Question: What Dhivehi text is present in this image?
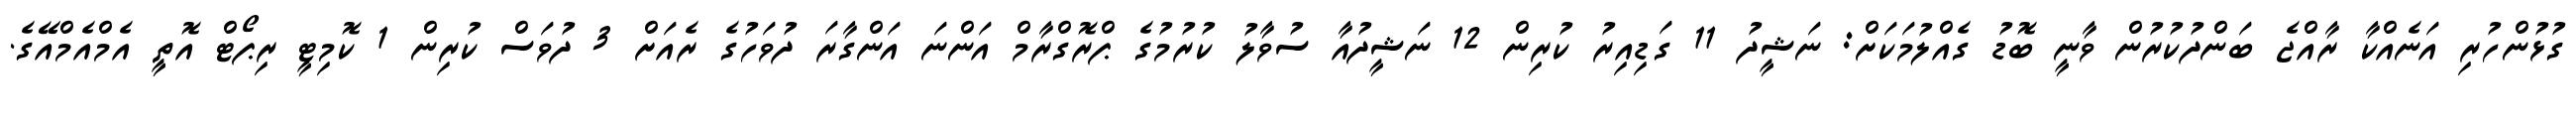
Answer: ގުޅުންހުރި އަނެއްކާ ރާއްޖެ ބަންދުކުރުން ވާނީ ބޮޑު ގެއްލުމަކަށް: ނަޝީދު 11 ގަޑިއިރު ކުރިން 12 ނަޝީދުއާ ސުވާލު ކުރުމުގެ ޕްރޮގްރާމް އަންނަ އަންގާރަ ދުވަހުގެ ރެއަށް 3 ދުވަސް ކުރިން 1 ކޮމިޓީ ރިޕޯޓް އޮތީ އެމްއެމްއޭގެ.